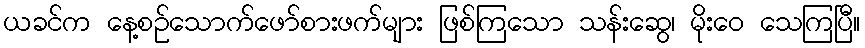
ယခင်က နေ့စဉ်သောက်ဖော်စားဖက်များ ဖြစ်ကြသော သန်းဆွေ၊ မိုးဝေ သေကြပြီ။